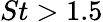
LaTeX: St>1{.}5